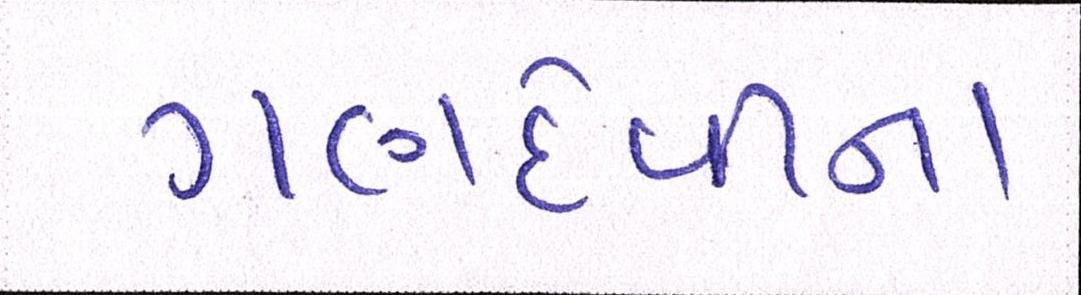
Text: ગણદેવીના